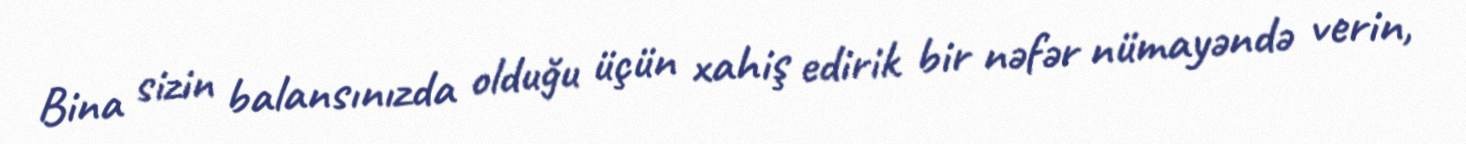
Bina sizin balansınızda olduğu üçün xahiş edirik bir nəfər nümayəndə verin,